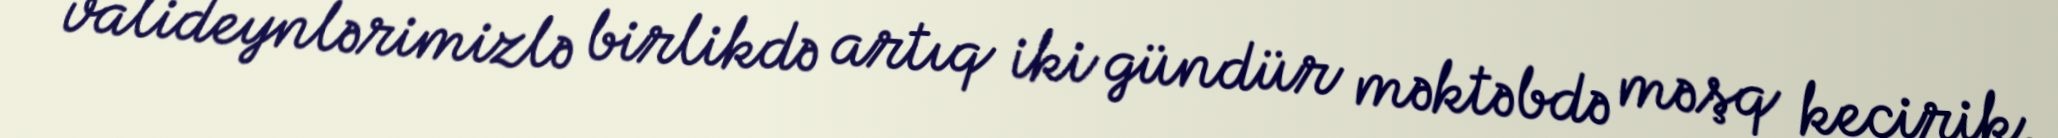
valideynlərimizlə birlikdə artıq iki gündür məktəbdə məşq keçirik.